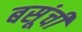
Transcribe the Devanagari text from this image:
बसूंची